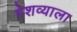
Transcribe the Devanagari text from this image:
पेशव्याला